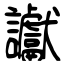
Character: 讞